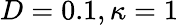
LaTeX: D=0.1,\kappa=1